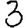
Digit: 3